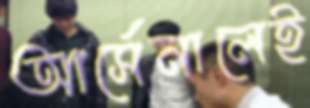
আর্সেনালেই